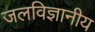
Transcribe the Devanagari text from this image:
जलविज्ञानीय